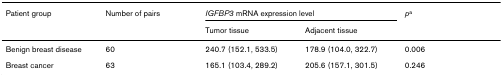
<table><thead><tr><td><b>Patient group</b></td><td><b>Number of pairs</b></td><td colspan="2"><b><i>IGFBP3 </i>mRNA expression level</b></td><td><b><i>p</i><sup>a</sup></b></td></tr><tr><td></td><td></td><td><b>Tumor tissue</b></td><td><b>Adjacent tissue</b></td><td></td></tr></thead><tbody><tr><td>Benign breast disease</td><td>60</td><td>240.7 (152.1, 533.5)</td><td>178.9 (104.0, 322.7)</td><td>0.006</td></tr><tr><td>Breast cancer</td><td>63</td><td>165.1 (103.4, 289.2)</td><td>205.6 (157.1, 301.5)</td><td>0.246</td></tr></tbody></table>